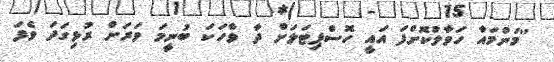
''މަންމައާ ހަވާލުކޮށްފަ އައީ ހޮސްޕިޓަލަށް ދާ ވާހަކަ ބުނީމަ ވަރަށް ރުޅިގަދަ ވެފަ